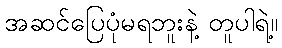
အဆင်ပြေပုံမရဘူးနဲ့ တူပါရဲ့။